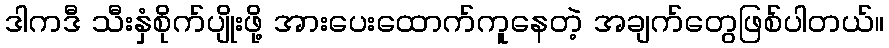
ဒါကဒီ သီးနှံစိုက်ပျိုးဖို့ အားပေးထောက်ကူနေတဲ့ အချက်တွေဖြစ်ပါတယ်။